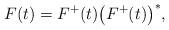
LaTeX: \begin{align*} F(t)=F^+(t)\big(F^+(t)\big)^*,\end{align*}